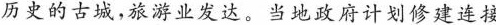
历史的古城，旅游业发达。当地政府计划修建连接